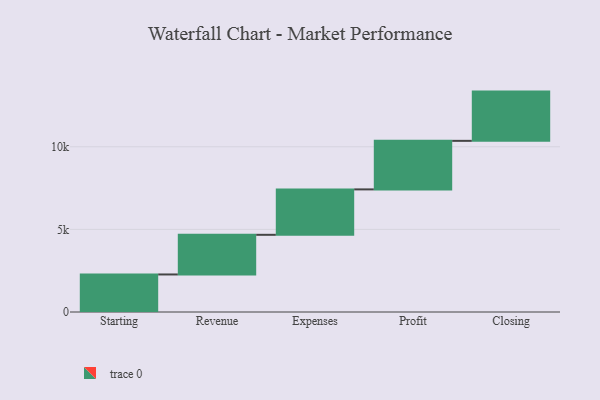
{"axis": {"x": "Step", "y": "Value"}, "legend": [""], "data": [{"x": "Starting", "y": 2272.0, "type": ""}, {"x": "Revenue", "y": 2400.0, "type": ""}, {"x": "Expenses", "y": 2749.0, "type": ""}, {"x": "Profit", "y": 2938.0, "type": ""}, {"x": "Closing", "y": 2981.0, "type": ""}]}